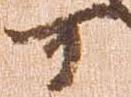
可